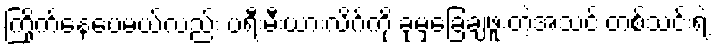
ကြိုက်နေပေမယ့်လည်း ပရီးမီးယားလိဂ်ကို ခုမှခြေချဖူးတဲ့အသင်းတစ်သင်းရဲ့